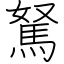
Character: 駑